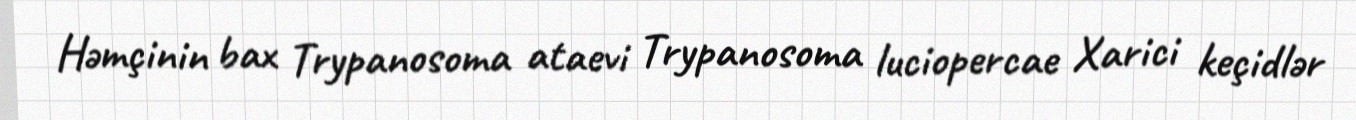
Həmçinin bax Trypanosoma ataevi Trypanosoma luciopercae Xarici keçidlər